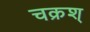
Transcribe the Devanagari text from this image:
चक्रश्